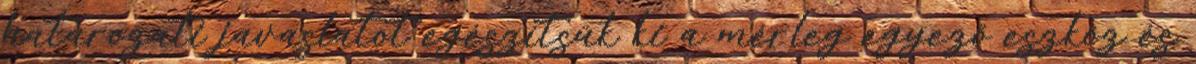
határozati javaslatot egészítsük ki a mérleg egyező eszköz és